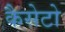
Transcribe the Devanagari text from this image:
कैसेटो